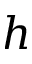
h